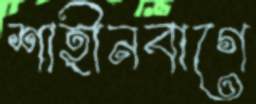
শাহীনবাগে